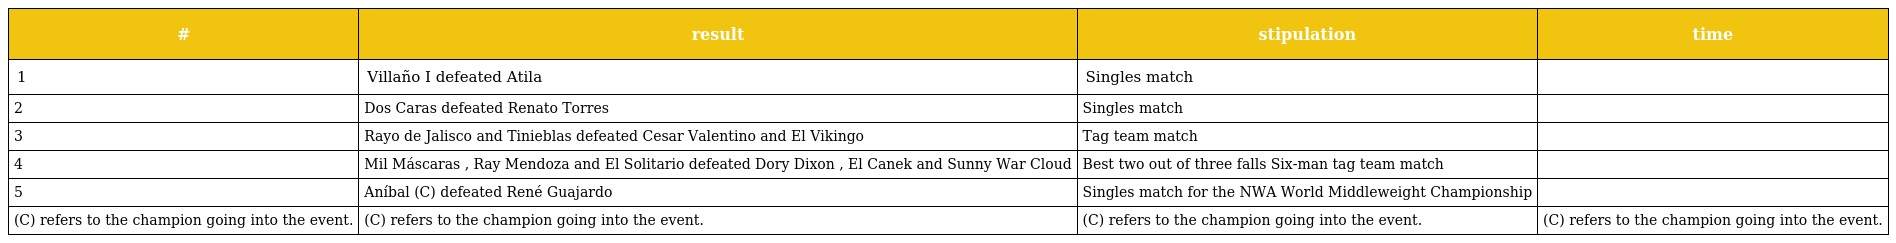
| # | result | stipulation | time |
 | --- | --- | --- | --- |
 | 1 | Villaño I defeated Atila | Singles match |  |
 | 2 | Dos Caras defeated Renato Torres | Singles match |  |
 | 3 | Rayo de Jalisco and Tinieblas defeated Cesar Valentino and El Vikingo | Tag team match |  |
 | 4 | Mil Máscaras , Ray Mendoza and El Solitario defeated Dory Dixon , El Canek and Sunny War Cloud | Best two out of three falls Six-man tag team match |  |
 | 5 | Aníbal (C) defeated René Guajardo | Singles match for the NWA World Middleweight Championship |  |
 | (C) refers to the champion going into the event. | (C) refers to the champion going into the event. | (C) refers to the champion going into the event. | (C) refers to the champion going into the event. |